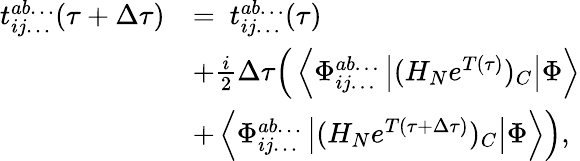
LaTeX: \begin{array}{rl}{t_{ij\dots}^{ab\dots}(\tau+\Delta\tau)}&{=~t_{ij\dots}^{ab\dots}(\tau)}\\ &{+\frac{i}{2}\Delta\tau\Big(\left<\Phi_{ij\dots}^{ab\dots}\left|(H_{N}e^{T(\tau)})_{C}\right|\Phi\right>}\\ &{+\left<\Phi_{ij\dots}^{ab\dots}\left|(H_{N}e^{T(\tau+\Delta\tau)})_{C}\right|\Phi\right>\Big),}\end{array}